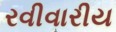
રવીવારીય